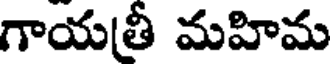
గాయత్రీ మహిమ